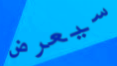
سيعرض